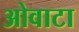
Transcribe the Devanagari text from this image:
ओवाटा